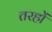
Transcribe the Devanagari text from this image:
तरहों